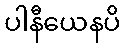
ပါနီယေနပိ